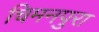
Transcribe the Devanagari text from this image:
चिमनपुरा